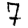
Digit: 7